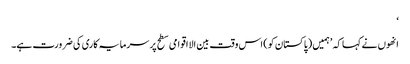
‘
انھوں نے کہا کہ ’ہمیں (پاکستان کو) اس وقت بین الااقوامی سطح پر سرمایہ کاری کی ضرورت ہے۔